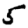
Digit: 5